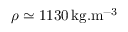
\rho \simeq 1 1 3 0 \, \mathrm { k g . m ^ { - 3 } }